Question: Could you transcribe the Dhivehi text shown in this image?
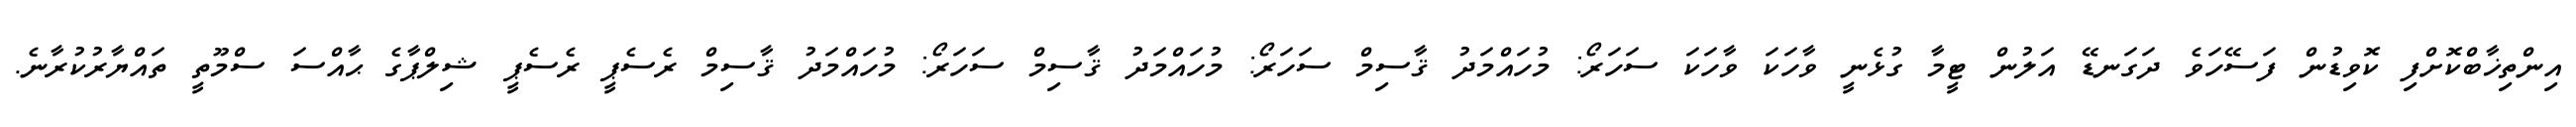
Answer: އިންތިޚާބްކޮށްފި ކޮވިޑުން ފަސޭހަވެ ދަގަނޑޭ އަލުން ޓީމާ ގުޅެނީ ވާހަކަ ވާހަކަ ސަހަރޯ: މުހައްމަދު ޤާސިމް ސަހަރޯ: މުހައްމަދު ޤާސިމް ސަހަރޯ: މުހައްމަދު ޤާސިމް ރެސެޕީ ރެސެޕީ ޝިލްޕާގެ ޙާއްސަ ސްމޫތީ ތައްޔާރުކުރާނެ.